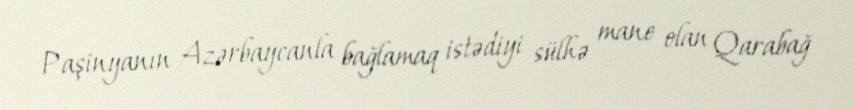
Paşinyanın Azərbaycanla bağlamaq istədiyi sülhə mane olan Qarabağ